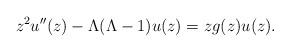
LaTeX: \begin{align*}z^2 u''(z)-\Lambda(\Lambda-1)u(z)=z g(z)u(z).\end{align*}